Papers set at the Examination for Leaving Certificates, 1894
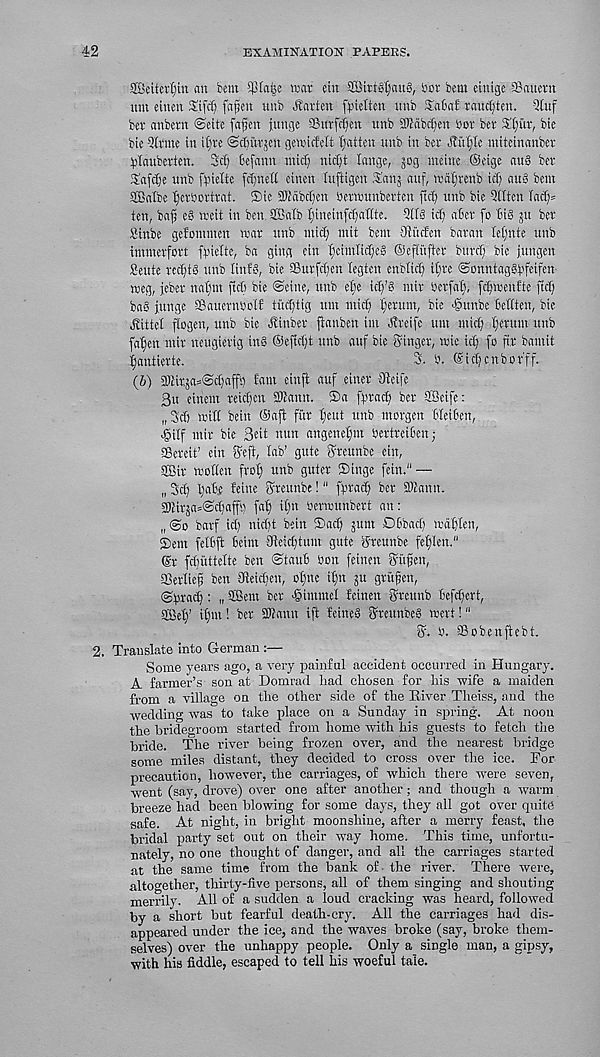
42
EXAMINATION PAPERS.
2.
ffieitcrf)tit an bent Sptatje war ein 3Birtg'£;auS, bcr bent einige SBauern
tint einen Si(ct) fafen ttnb Marten f^tetten tmb 3fctat rmtc^ten. Qtuf
bev anbern @eite fafjen junge SSnrfdjeit ttnb SUcibc^en bor bet ££)itr, bie
bie 5(rnte in it)re ©cBurjen genncMr fatten ttnb in bet Jtul;Ie nitteinanber
^tauberten. 3cf) 6efamt ntidj nicf)t lange, jog uteitte ©eige au§ bet
Safdje unb fbielte fc£)nefl einen Inftigen Sanj auf, wa§renb icT; au8 bent
SEalbe ^erbortrat. SMc 2>iabcf)cn berwunberten {td) ttnb bie Qttten Tacfj*
ten, ba^ e§ vreit in ben SBalb t)ineinfc()attte. 5tt3 icf) abet fo Bi§ jtt bet
Sinbe getonunen war ttnb mid) mit bent Otutfen batan Ie£;nte ttnb
immetfott fbielte, ba ging ein t;ctntItcC;eS ©efliiffer bnrc^ bie jungen
Sente rccfjtS nnb linfS, bie ®ttrfd)cn legten enbtid) i£;te ©onntaggbfeifen
weg, jeber natjm ftc£i bie Seine, tmb elje ic£)’g nttt betfat), fdjwenfte ftcf)
bag junge ©atternbolf tuct;tig nut mitt; permit, bic <gunbe bettten, bie
Vittel fiogen, unb bie J?inbet ftanben tut Jfreife ttnt nticf; tjerunt unb
fallen utit neugietig inS ©eftdjt unb auf bie Singer, mie id; fo ft.t bantit
^antierte.
3. b. ©tdjcnbor'ff.
(6) 2)£itja=Sd)affb fain einft auf einet 9£eife
3« einent teid;cn 2Uann. ®a fptac^ bet ®cife:
„3dj »t£C bein ©aft fur £)cut ttnb morgen frfei&en,
egitf mir bie 3eit nun angenefmt bertreit'en;
aSereit’ ein Seft, lab’ gute Stcunbe ein,
©Sir woflen frot) unb guter Singe fein. 11 —
„ 3cfy liabe feine Sreunbe!" fbtatft bet £Kann.
SlHtjasSdjaffb fa£) itjn berwunbert an:
„ <So barf id; nidjt bein Sac^ jum Dbbad; waCtlen,
Sent fetbft feint Sfteid;tum gute Steunbe fetflen,"
@t fdjuttette ben Stauf bon fetnen Stiffen,
aSerlieff ben 0teid;en, o£;nc it;n jtt gtitfen,
©bind;: „ gBent bet >§intnte£ feinen Steunb 6efd;crt,
SBe^’ i£)ut! bet 3Kann ift feineS Steunbeg voevt! “
S. b. SBobeuftebt.
Translate into German :—
Some years ago, a very painful accident occurred in Hungary.
A farmer’s son at Domrad had chosen for his wife a maiden
from a village on the other side of the River Theiss, and the
wedding was to take place on a Sunday in spring. At noon
the bridegroom started from home with his guests to fetch tiie
bride. The river being frozen over, and the nearest bridge
some miles distant, they decided to cross over the ice. For
precaution, however, the carriages, of which there were seven,
went (say, drove) over one after another; and though a warm
breeze bad been blowing for some days, they all got over quite
safe. At night, in bright moonshine, after a merry feast, the
bridal party set out on their way home. This time, unfortu-
nately, no one thought of danger, and all the carriages started
at the same time from the bank of the river. There were,
altogether, thirty-five persons, all of them singing and shouting
merrily. All of a sudden a loud cracking was heard, followed
by a short but fearful death-cry. All the carriages had dis-
appeared under the ice, and the waves broke (say, broke them-
selves) over the unhappy people. Only a single man, a gipsy,
with his fiddle, escaped to tell his woeful tale.